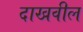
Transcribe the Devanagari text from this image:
दाखवील